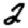
Digit: 2